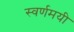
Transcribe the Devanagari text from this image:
स्‍वर्णमयी